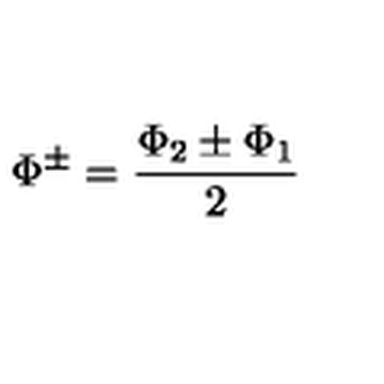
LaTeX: \Phi ^ { \pm } = \frac { \Phi _ { 2 } \pm \Phi _ { 1 } } { 2 }